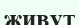
живут